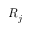
R _ { j }